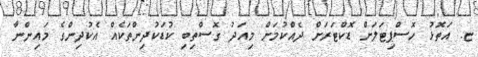
ޏ. އަތޮޅު ހޮސްޕިޓަލަށް ޑޮކްޓަރަށް ދެއްކުމަށް މިއަދު ގޮސްތިބި ކުޑަކުދިންތަކެއް އެކުދިންގެ މައިންނާ